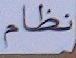
نظام